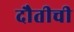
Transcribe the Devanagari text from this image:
दौतीची